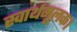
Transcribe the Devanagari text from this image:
स्वार्थमूलक।